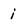
Character: i